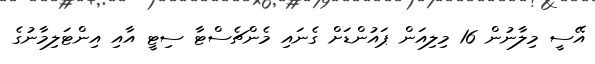
އޭސީ މިލާނުން 16 މިލިއަން ޕައުންޑަށް ގެނައި މެންޗެސްޓާ ސިޓީ އާއި އިންޓަލިމާނުގެ